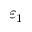
\varepsilon _ { 1 }